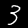
Label: 3